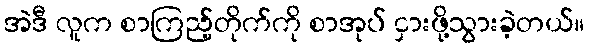
အဲဒီ လူက စာကြည့်တိုက်ကို စာအုပ် ငှားဖို့သွားခဲ့တယ်။